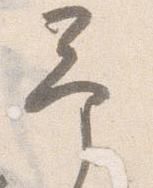
予